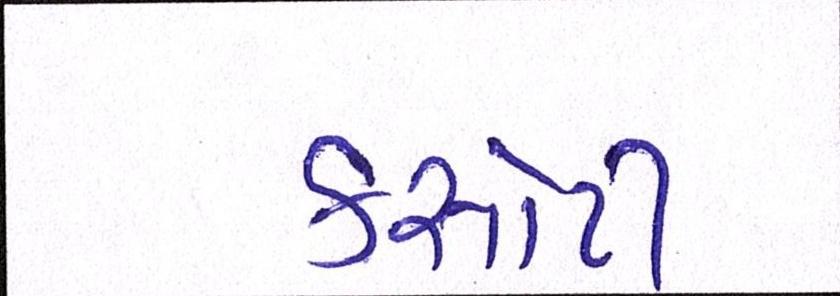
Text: કસોટી